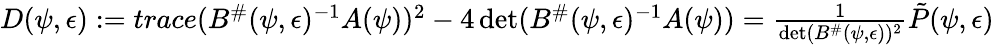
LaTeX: \begin{array}{r}{D(\psi,\epsilon):=trace(B^{\# }(\psi,\epsilon)^{-1}A(\psi))^{2}-4\operatorname*{det}(B^{\# }(\psi,\epsilon)^{-1}A(\psi))=\frac{1}{\operatorname*{det}(B^{\# }(\psi,\epsilon))^{2}}\tilde{P}(\psi,\epsilon)}\end{array}